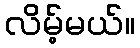
လိမ့်မယ်။